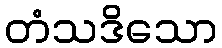
တံသဒိသော